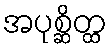
အပုစ္ဆိတ္ထ